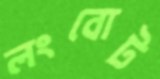
লংবোট